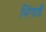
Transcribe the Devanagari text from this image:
भिंगार्डे